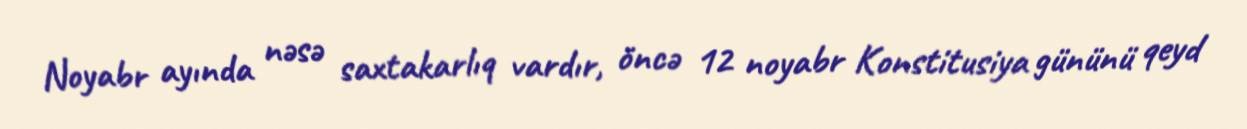
Noyabr ayında nəsə saxtakarlıq vardır, öncə 12 noyabr Konstitusiya gününü qeyd